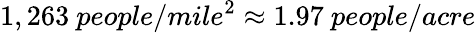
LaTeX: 1,263~people/mile^{2}\approx 1.97~people/acre